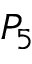
P _ { 5 }